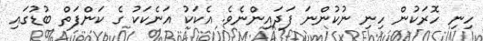
ހިނި ހޮރަކުން ހިނި ނުކުންނަ ފަދައިންނެވެ. އެކަކު އަނެކަކު ގެ ކަންފަތް ބުޑުގައި